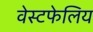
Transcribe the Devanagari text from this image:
वेस्टफेलिय